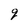
Character: q